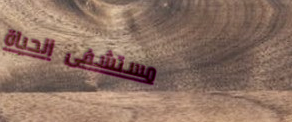
مستشفى الحياة